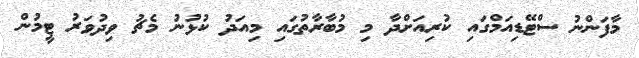
މާފަންނު ސްޓޭޑިއަމްގައި ކުރިއަށްދާ މި މުބާރާތުގައި މިއަދު ކުޅުނު މެޗު ވިދުވަރު ޓީމުން